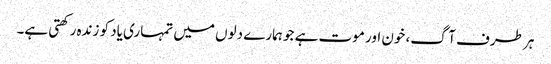
ہر طرف آگ، خون اور موت ہے جو ہمارے دلوں میں تمہاری یاد کو زندہ رکھتی ہے۔